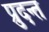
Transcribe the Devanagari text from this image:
प्रुदन्त